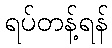
ရပ်တန့်ရန်